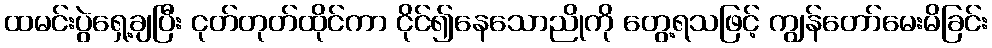
ထမင်းပွဲရှေ့ချပြီး ငုတ်တုတ်ထိုင်ကာ ငိုင်၍နေသောညိုကို တွေ့ရသဖြင့် ကျွန်တော်မေးမိခြင်း